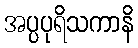
အပ္ပပုရိသကာနိ